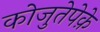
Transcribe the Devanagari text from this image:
कोजुतेपेक़े